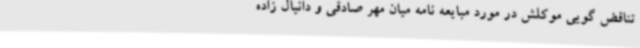
تناقض گویی موکلش در مورد مبایعه نامه میان مهر صادقی و دانیال زاده